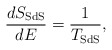
\begin{align*}\frac{dS_{\rm SdS}}{dE}=\frac{1}{T_{\rm SdS}},\end{align*}